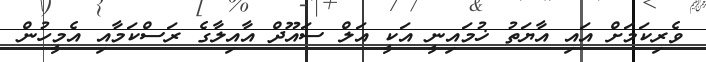
ވެރިކަމަށް އައި އާޔަތު ޚުމައިނީ އަކީ އަލް ސައޫދް އާއިލާގެ ރަސްކަމާއި އެމީހުން